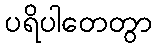
ပရိပါတေတွာ